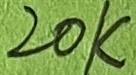
Text: 20K